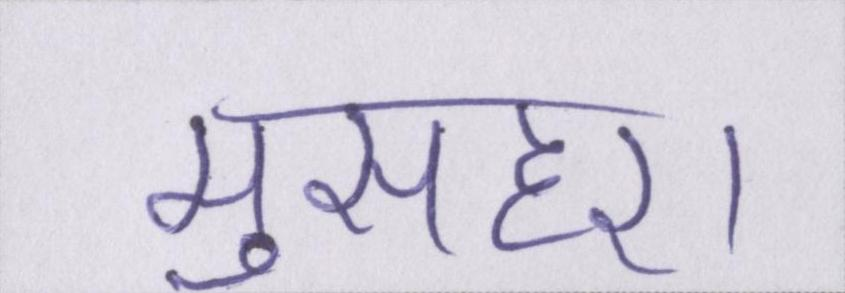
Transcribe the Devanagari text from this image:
मुसहर।